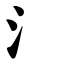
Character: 氵